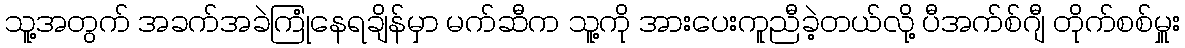
သူ့အတွက် အခက်အခဲကြုံနေရချိန်မှာ မက်ဆီက သူ့ကို အားပေးကူညီခဲ့တယ်လို့ ပီအက်စ်ဂျီ တိုက်စစ်မှူး